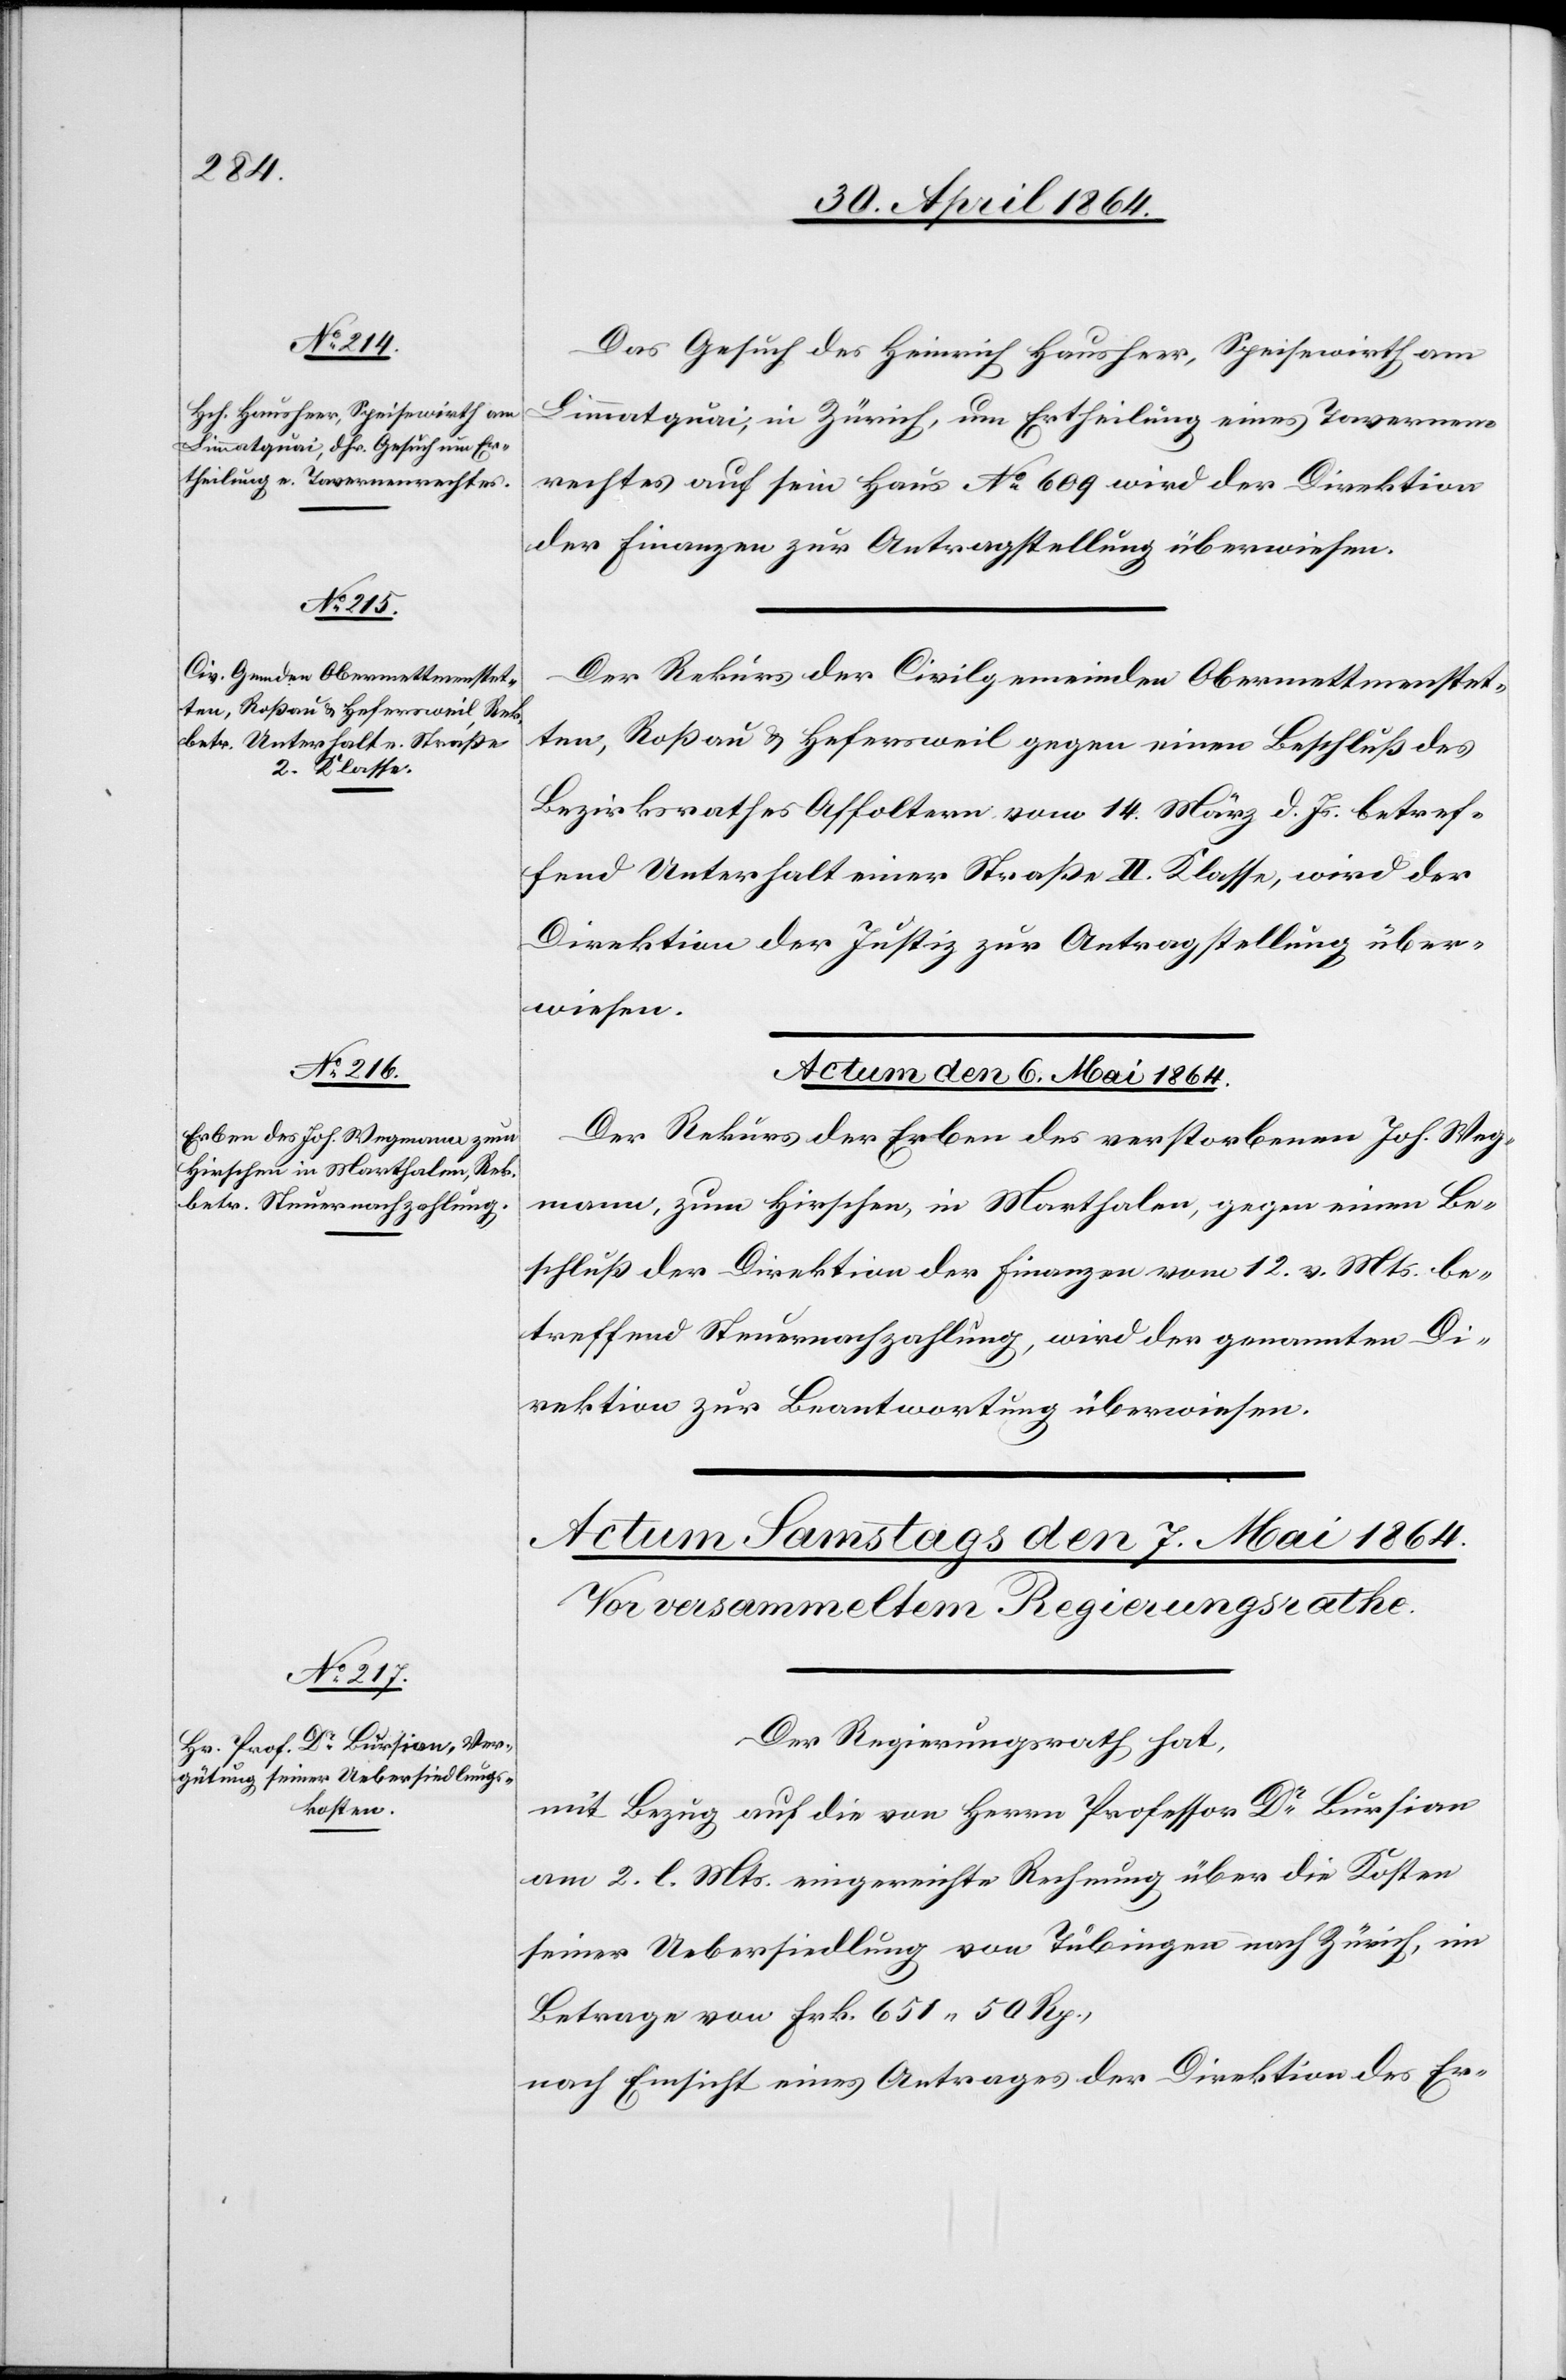
Das Gesuch des Heinrich Hausheer, Speisewirth am
Limmatquai, in Zürich, um Ertheilung eines Tavernen¬
rechtes auf sein Haus No 609 wird der Direktion
der Finanzen zur Antragstellung überwiesen.
Der Rekurs der Civilgemeinden Obermettmenstet¬
ten, Roßau u. Hafersweil gegen einen Beschluß des
Bezirksrathes Affoltern vom 14. März d. Js. betref¬
fend Unterhalt einer Straße II. Klasse, wird der
Direktion der Justiz zur Antragstellung über¬
wiesen.
Actum den 6. Mai 1864.
Der Rekurs der Erben des verstorbenen Joh. Weg¬
mann, zum Hirschen, in Marthalen, gegen einen Be¬
schluß der Direktion der Finanzen vom 12. v. Mts. be¬
treffend Steuernachzahlung, wird der genannten D¬
irektion zur Beantwortung überwiesen.
Der Regierungsrath hat,
mit Bezug auf die von Herrn Professor Dr Bursian
am 2. l. Mts. eingereichte Rechnung über die Kosten
seiner Uebersiedlung von Tübingen nach Zürich, im
Betrage von Frk. 651 50 Rp.,
nach Einsicht eines Antrages der Direktion des Er-